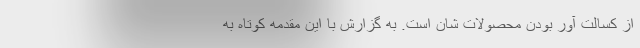
از کسالت آور بودن محصولات شان است. به گزارش با این مقدمه کوتاه به